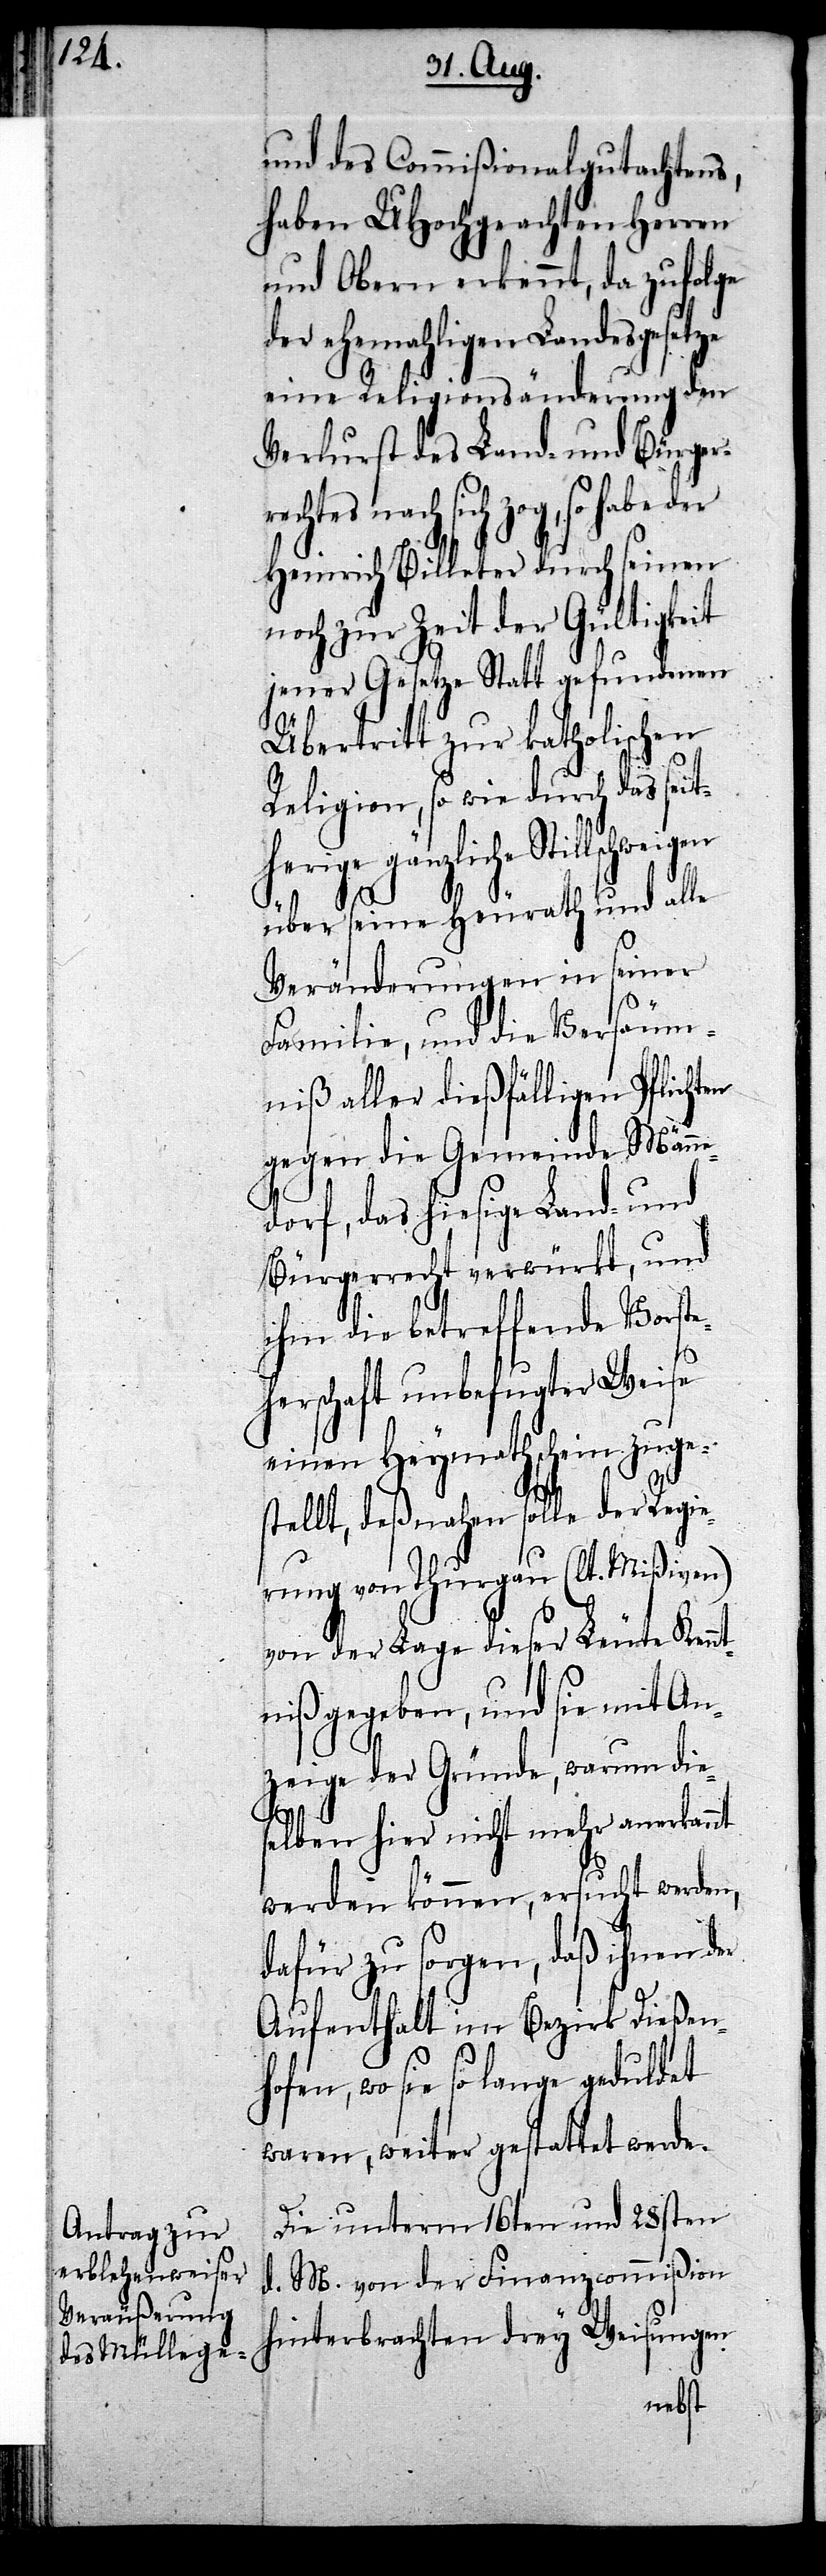
und des Commißionalgutachtens,
haben UHochgeachten Herren
und Obern erkennt, da zufolge
der ehemahligen Landesgesetze
eine Religionsänderung den
Verlurst des Land- und Bürger¬
ch sich zog, so habe der
Heinrich Billeter durch seinen
noch zur Zeit der Gültigkeit
jener Gesetze Statt gefundenen
Übertritt zur katholischen
Religion, so wie durch das seit¬
herige gänzliche
über seine Heurath und alle
Veränderungen in seiner
säum¬
Familie, und die Ver¬
niß aller dießfälligen Pflichten
gegen die Gemeinde Männe¬
dorf, das hiesige Land- und
Bürgerrecht verwürkt, und
ihm die betreffende Vorste¬
herschaft unbefugter Weise
einen Heymathschein zuge¬
stellt, deßnahen solle der Regie¬
rung von Thurgau (lt. Mißiven)
von der Lage dieser Leute Kennt¬
niß gegeben, und sie mit An¬
zeige der Gründe, warum die¬
selben hier nicht mehr anerkannt
werden können, ersucht werden,
dafür zu sorgen, daß ihnen der
Aufenthalt im Bezirk Dießen¬
hofen, wo sie so lange geduldet
waren, weiter gestattet werde.
Die unterm 16ten und 28sten
d. M. von der Finanzcommißion
hinterbrachten drey Weisungen